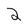
Character: 2